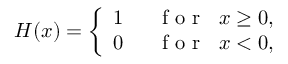
H ( x ) = \left\{ { \begin{array} { l l } { 1 \; \; } & { \mathrm { ~ f ~ o ~ r ~ } \; \; x \ge 0 , } \\ { 0 \; \; } & { \mathrm { ~ f ~ o ~ r ~ } \; \; x < 0 , } \end{array} } \right.